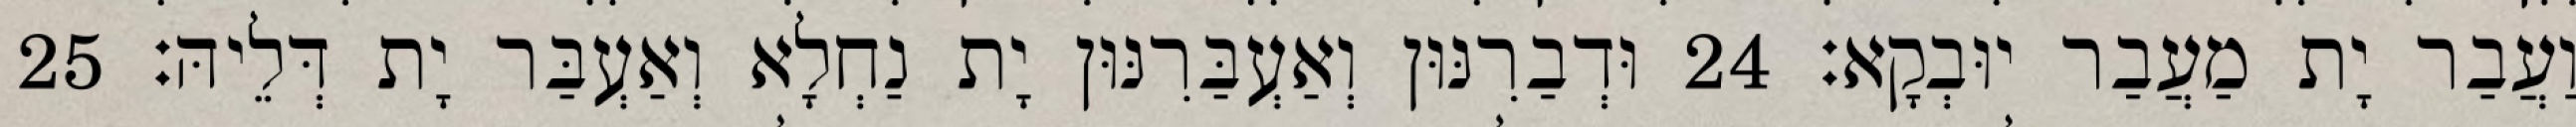
וַעֲבַר יָת מַעֲבַר יוּבְקָא׃ 24 וּדְבַרִנּוּן וְאַעְבַּרִנּוּן יָת נַחְלָא וְאַעְבַּר יָת דְּלֵיהּ׃ 25